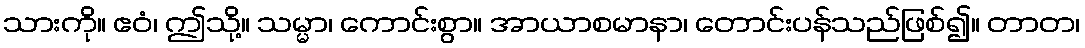
သားကို။ ဧဝံ၊ ဤသို့။ သမ္မာ၊ ကောင်းစွာ။ အာယာစမာနာ၊ တောင်းပန်သည်ဖြစ်၍။ တာတ၊